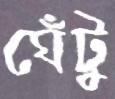
ঘেঁটু